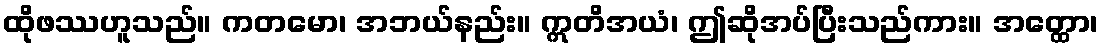
ထိုဖဿဟူသည်။ ကတမော၊ အဘယ်နည်း။ ဣတိအယံ၊ ဤဆိုအပ်ပြီးသည်ကား။ အတ္ထော၊